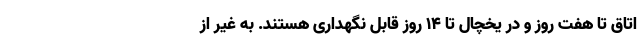
اتاق تا هفت روز و در یخچال تا 14 روز قابل نگهداری هستند. به غیر از